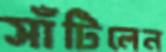
সাঁটিলেন